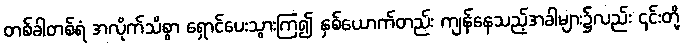
တစ်ခါတစ်ရံ အလိုက်သိစွာ ရှောင်ပေးသွားကြ၍ နှစ်ယောက်တည်း ကျန်နေသည့်အခါများ၌လည်း ၎င်းတို့